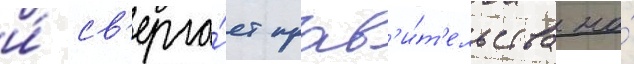
и́ св'ерга́ет прав'и́т'ельства на́